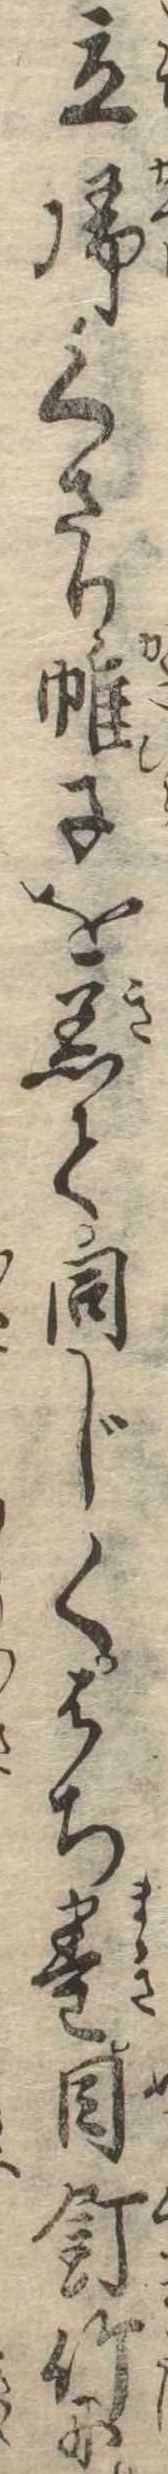
立帰くさり帷子を着て同じくはち巻目釘竹に